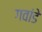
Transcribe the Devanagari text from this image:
गवांडे